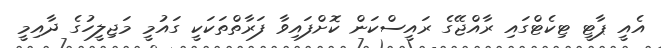
އެއީ ޕާޓީ ޓިކެޓްގައި ރާއްޖޭގެ ރައީސްކަން ކޮށްފައިވާ ފަރާތްތަކަކީ ގައުމީ މަޖިލީހުގެ ދާއިމީ